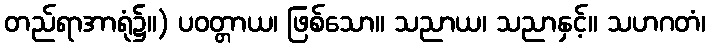
တည်ရာအာရုံ၌။) ပဝတ္တာယ၊ ဖြစ်သော။ သညာယ၊ သညာနှင့်။ သဟဂတံ၊